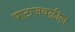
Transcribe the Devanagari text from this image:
घाटाजवळील